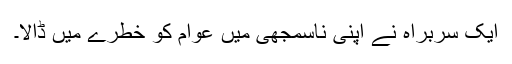
ایک سربراہ نے اپنی ناسمجھی میں عوام کو خطرے میں ڈالا۔